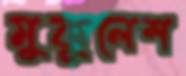
মুকুলেশ